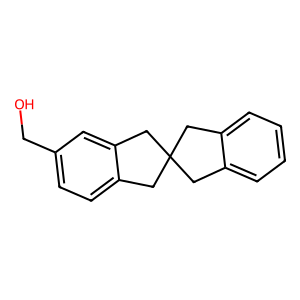
SMILES: OCc1ccc2c(c1)CC1(Cc3ccccc3C1)C2
Inhibits HIV replication: No